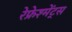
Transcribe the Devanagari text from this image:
रेफ्रेश्मेंट्स